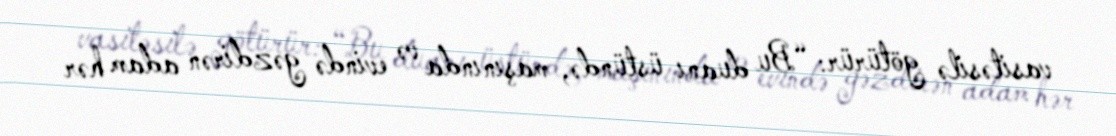
vasitəsilə götürür: “Bu duanı üstündə, maşınında və evində gəzdirən adam hər